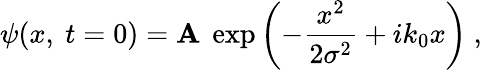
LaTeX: \psi(x,\ t=0)=\mathbf{A}\ \exp\left(-{\frac{{x^{2}}}{{2\sigma^{2}}}}+ik_{0}x\right)\ ,